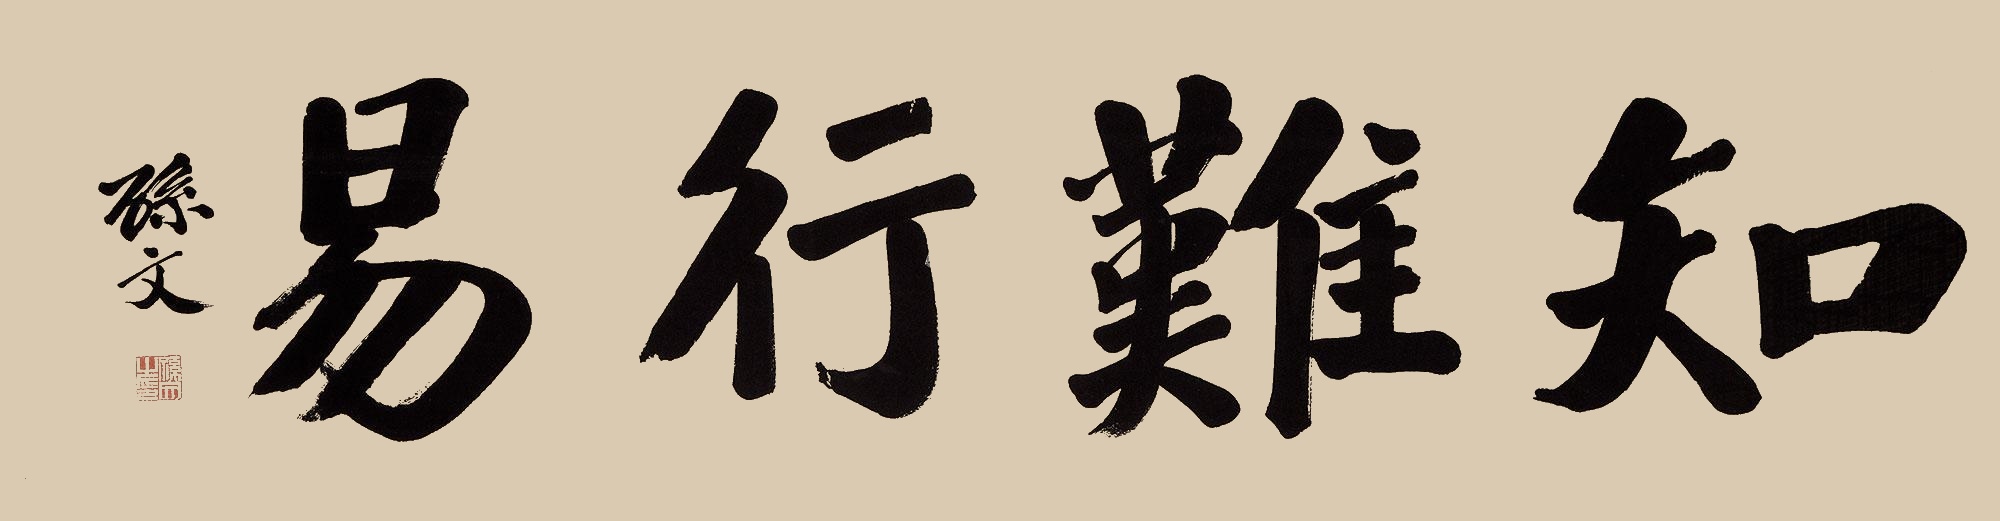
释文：知难行易孙文。